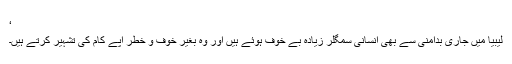
‘
لیبیا میں جاری بدامنی سے بھی انسانی سمگلر زیادہ بے خوف ہوئے ہیں اور وہ بغیر خوف و خطر اپے کام کی تشہیر کرتے ہیں۔